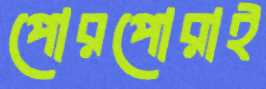
পোরপোরাই